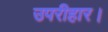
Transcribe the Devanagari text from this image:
उपरीहार।